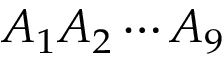
A _ { 1 } A _ { 2 } \dotsm A _ { 9 }